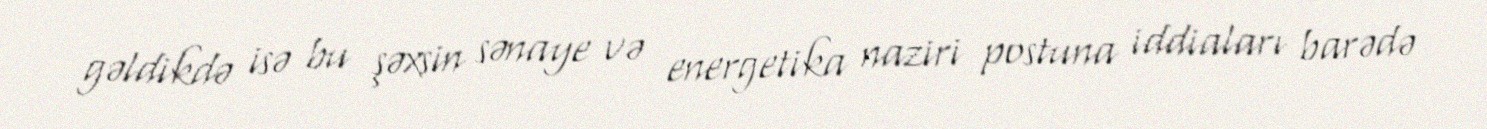
gəldikdə isə bu şəxsin sənaye və energetika naziri postuna iddiaları barədə